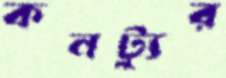
কনট্যুর